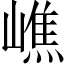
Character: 嶕